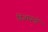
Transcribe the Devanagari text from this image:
डिजायनों